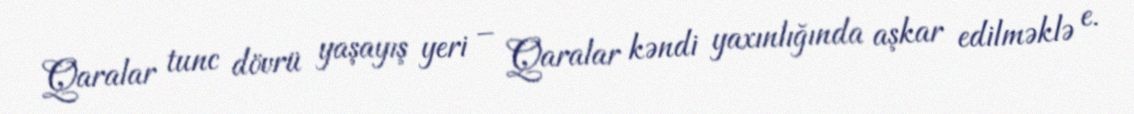
Qaralar tunc dövrü yaşayış yeri – Qaralar kəndi yaxınlığında aşkar edilməklə e.